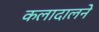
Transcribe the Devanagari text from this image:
कलादालने